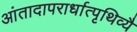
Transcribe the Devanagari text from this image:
आंतादापरार्धात्पृथिव्यै